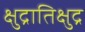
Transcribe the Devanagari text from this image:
क्षुद्रातिक्षुद्र